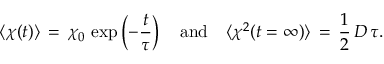
\langle \chi ( t ) \rangle \, = \, \chi _ { 0 } \, \exp \left( - \frac { t } { \tau } \right) \quad \mathrm { a n d } \quad \langle \chi ^ { 2 } ( t = \infty ) \rangle \, = \, \frac { 1 } { 2 } \, D \, \tau .